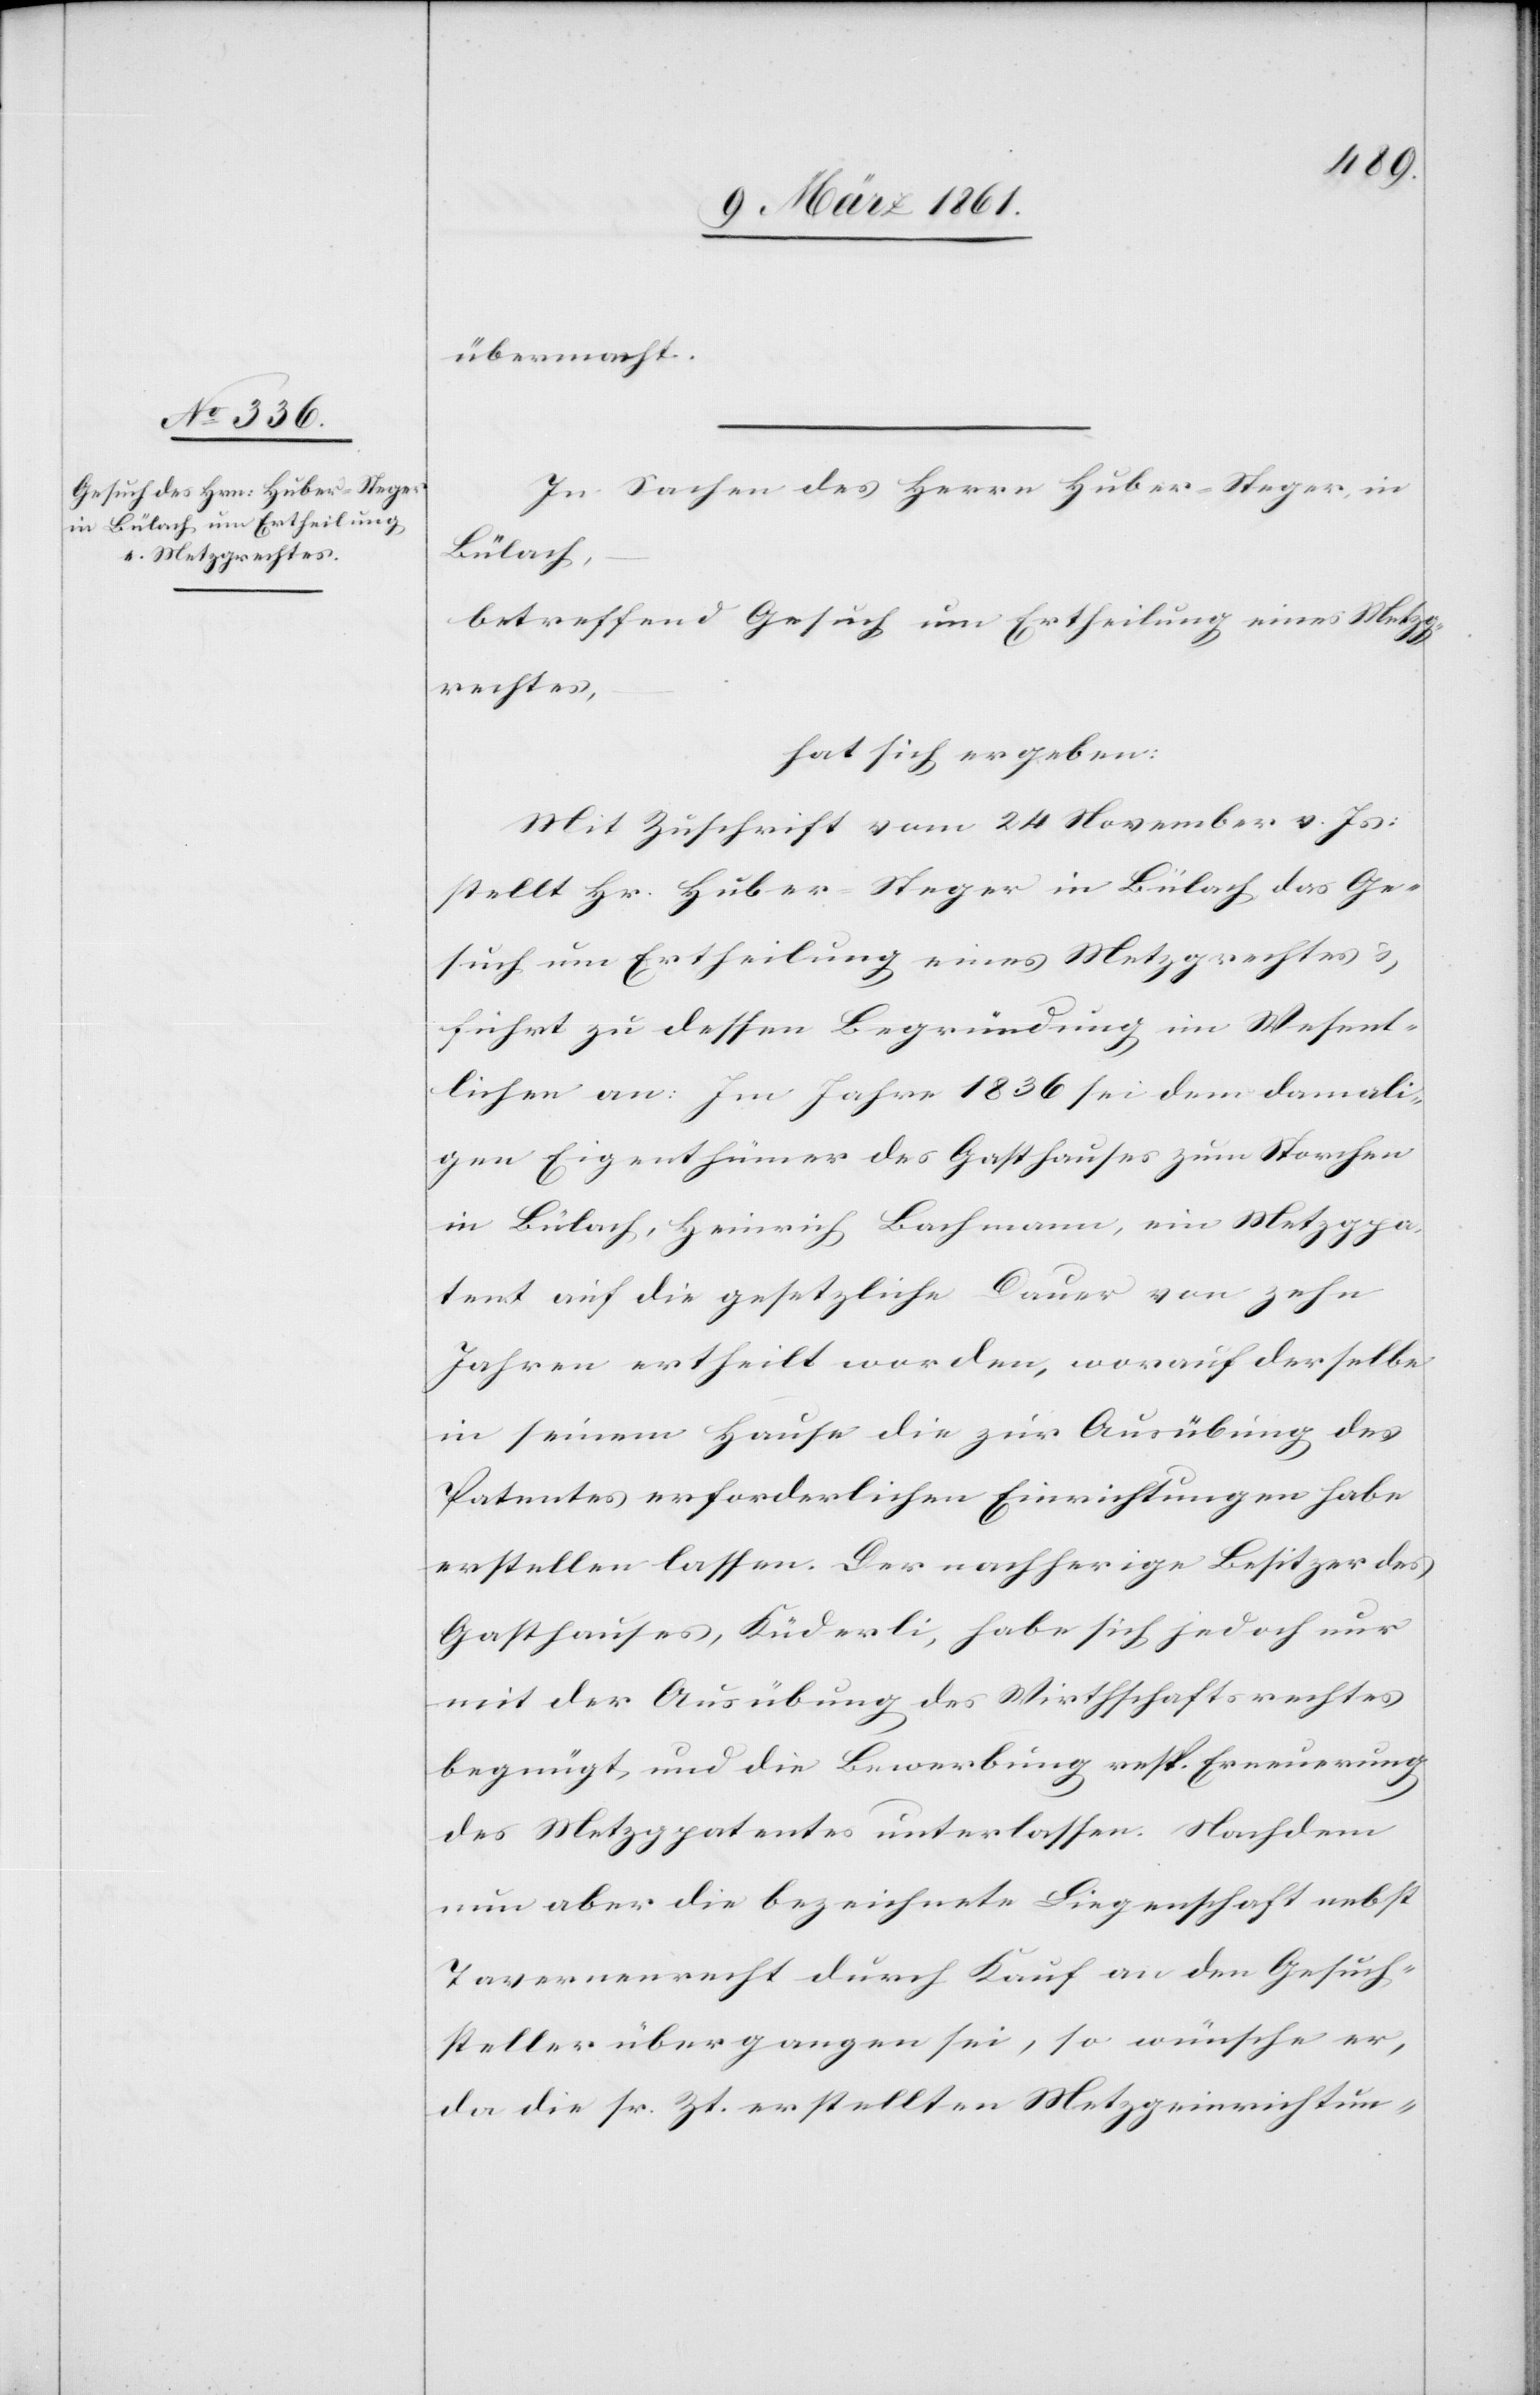
übermacht.
In Sachen des Herrn Huber-Steger, in
Bülach,
betreffend Gesuch um Ertheilung eines Metzg¬
rechtes,
hat sich ergeben:
Mit Zuschrift vom 24. November v. Js.
stellt Hr. Huber-Steger in Bülach das Ge¬
such um Ertheilung eines Metzgrechtes u.
führt zu dessen Begründung im Wesent¬
lichen an: Im Jahre 1836 sei dem damali¬
gen Eigenthümer des Gasthauses zum Storchen
in Bülach, Heinrich Bachmann, ein Metzgpa¬
tent auf die gesetzliche Dauer von zehn
Jahren ertheilt worden, worauf derselbe
in seinem Hause die zur Ausübung des
Patentes erforderlichen Einrichtungen habe
erstellen lassen. Der nachherige Besitzer des
Gasthauses, Küderli, habe sich jedoch nur
mit der Ausübung des Wirthschaftsrechtes
begnügt, und die Bewerbung resp. Erneuerung
des Metzgpatentes unterlassen. Nachdem
nun aber die bezeichnete Liegenschaft nebst
Tavernenrecht durch Kauf an den Gesuch¬
steller übergangen sei, so wünsche er,
da die sr. Zt. erstellten Metzgeinrichtun-